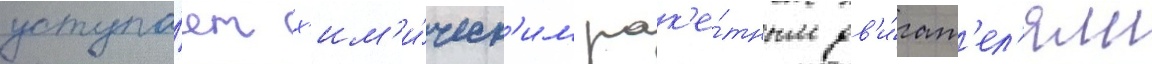
уступа́ет х'им'и́ческ'им рак'е́тным дв'и́гат'ел'ям